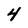
Character: 4